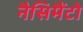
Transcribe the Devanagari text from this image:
नैसिमैंटो